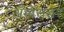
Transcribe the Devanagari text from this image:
ॲम्बॅसडर